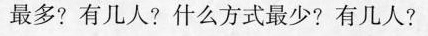
最多?有几人?什么方式最少?有几人?